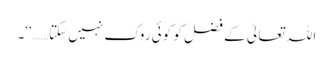
اللہ تعالیٰ کے فضل کو کوئی روک نہیں سکتا……‘‘۔